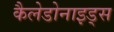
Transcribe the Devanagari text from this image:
कैलेडोनाइड्स